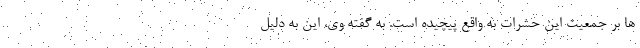
ها بر جمعیت این حشرات به واقع پیچیده است. به گفته وی، این به دلیل